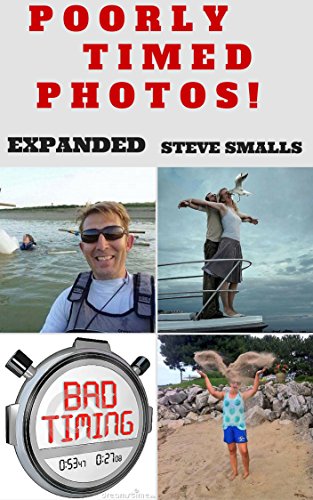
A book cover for Memes: Most Poorly Timed Photos!! (Memes, Parents, Minecraft, Wimpy Steve, Kids); Steve Smalls; Crafts, Hobbies & Home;